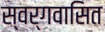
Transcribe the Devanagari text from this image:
स्वर्गवासित